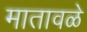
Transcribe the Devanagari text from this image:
मातावळे